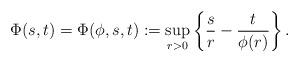
LaTeX: \begin{align*}\Phi(s,t)=\Phi(\phi, s,t):=\sup_{r>0}\left\{\frac{s}{r}-\frac{t}{\phi(r)} \right\}.\end{align*}